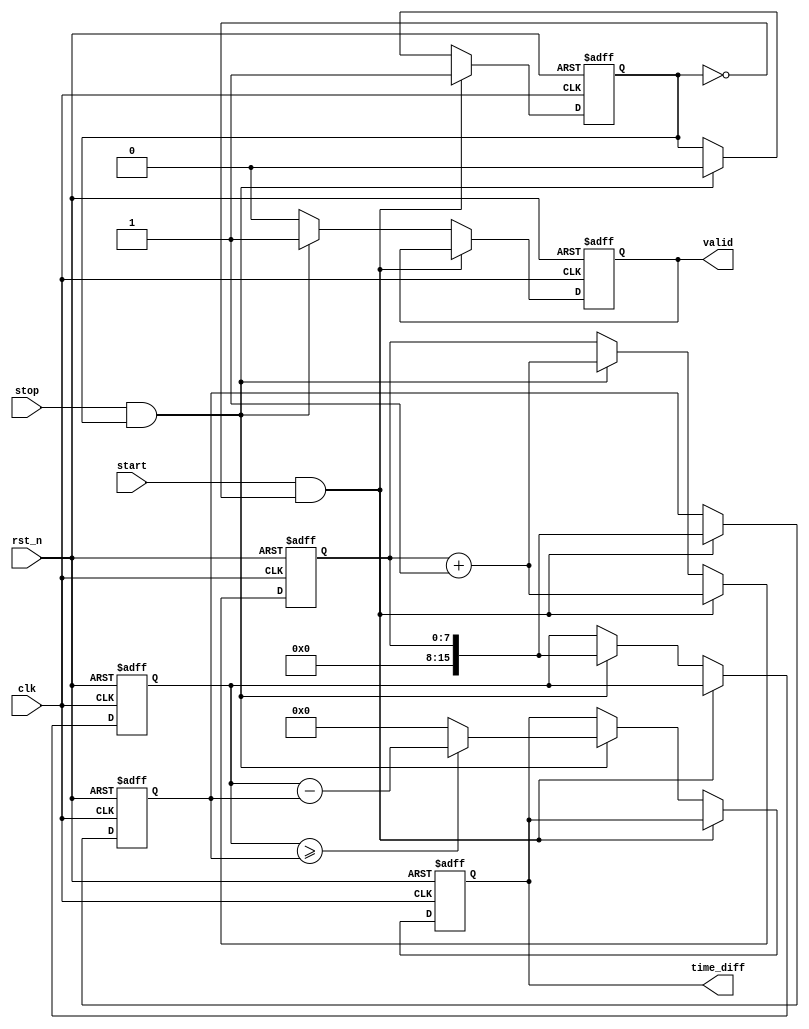
module TDC (
    input wire clk,              // Synchronized clock signal
    input wire rst_n,            // Active low reset
    input wire start,            // Start event signal
    input wire stop,             // Stop event signal
    output reg [15:0] time_diff, // Output time difference
    output reg valid             // Output valid signal
);

    // Internal registers
    reg [15:0] start_time;       // Timestamp for start event
    reg [15:0] stop_time;        // Timestamp for stop event
    reg capturing;               // State to indicate capturing of timestamps

    // Memory block simulation (for demonstration purposes)
    reg [15:0] memory [0:255];   // Memory block for timestamps
    reg [7:0] write_pointer;      // Write pointer for memory
    reg [7:0] read_pointer;       // Read pointer for memory

    // Control logic
    always @(posedge clk or negedge rst_n) begin
        if (!rst_n) begin
            // Reset all registers
            start_time <= 16'b0;
            stop_time <= 16'b0;
            time_diff <= 16'b0;
            valid <= 1'b0;
            capturing <= 1'b0;
            write_pointer <= 8'b0;
            read_pointer <= 8'b0;
        end else begin
            // Event detection and timestamping
            if (start && !capturing) begin
                // Capture start time
                start_time <= write_pointer; // Use write_pointer as timestamp
                memory[write_pointer] <= start_time; // Store in memory
                write_pointer <= write_pointer + 1; // Increment write pointer
                capturing <= 1'b1; // Start capturing
            end else if (stop && capturing) begin
                // Capture stop time
                stop_time <= write_pointer; // Use write_pointer as timestamp
                memory[write_pointer] <= stop_time; // Store in memory
                write_pointer <= write_pointer + 1; // Increment write pointer
                capturing <= 1'b0; // Stop capturing
                
                // Calculate time difference
                if (stop_time >= start_time) begin
                    time_diff <= stop_time - start_time; // Calculate time interval
                end else begin
                    time_diff <= 16'b0; // Handle underflow
                end
                valid <= 1'b1; // Indicate valid output
            end else if (valid) begin
                // Reset valid signal after reading
                valid <= 1'b0;
            end
        end
    end

endmodule